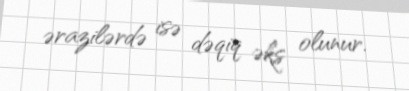
ərazilərdə isə dəqiq əks olunur.